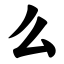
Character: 么